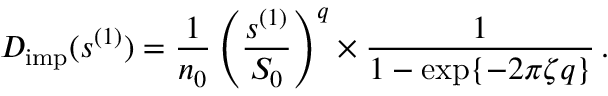
D _ { \mathrm { i m p } } ( s ^ { ( 1 ) } ) = \frac { 1 } { n _ { 0 } } \left( \frac { s ^ { ( 1 ) } } { S _ { 0 } } \right) ^ { q } \times \frac { 1 } { 1 - \exp \{ - 2 \pi \zeta q \} } \, .